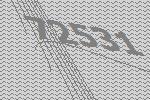
72531